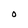
Character: O